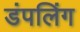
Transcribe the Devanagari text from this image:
डंपलिंग